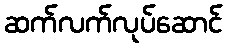
ဆက်လက်လုပ်ဆောင်